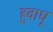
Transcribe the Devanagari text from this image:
हुवाधू